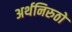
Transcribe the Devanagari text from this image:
अर्थनिरुठो